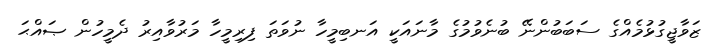
ޒަވާޖީގުޅުމެއްގެ ސަބަބުންނޭ ބުނެވުމުގެ މާނައަކީ އަނބިމީހާ ނުވަތަ ފިރިމީހާ މަރުވާއިރު ދެމީހުން ޞައްޙަ